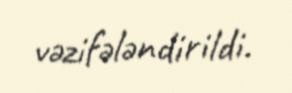
vəzifələndirildi.